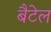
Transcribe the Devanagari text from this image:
बैटेल